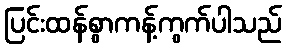
ပြင်းထန်စွာကန့်ကွက်ပါသည်